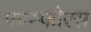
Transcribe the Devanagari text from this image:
फ़ास्फोरस